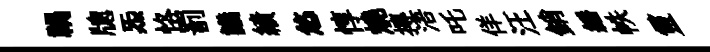
禍牕炁恪罰議績悠惇燒摶浯吒佯汪銷繙帙靈